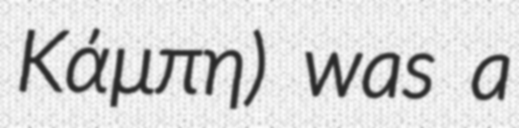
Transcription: Κάμπη) was a